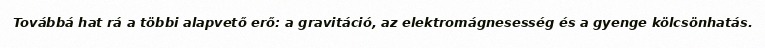
Továbbá hat rá a többi alapvető erő: a gravitáció, az elektromágnesesség és a gyenge kölcsönhatás.